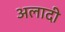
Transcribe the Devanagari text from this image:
अलादी